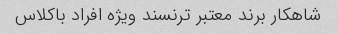
شاهکار برند معتبر ترنسند ویژه افراد باکلاس